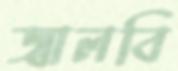
জ্বালবি